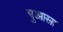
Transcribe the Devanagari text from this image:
पुआसा